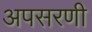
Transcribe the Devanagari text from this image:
अपसरणी